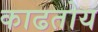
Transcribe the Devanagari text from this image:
काढतोय